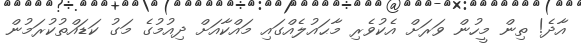
އާދެ! ތިން މީހުން ވަރަށް އެކުވެރި މާޙައުލެއްގައި މައްކާއަށް ދިއުމުގެ މަގު ކަޑައްތުކުރަމުން